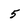
Character: 5